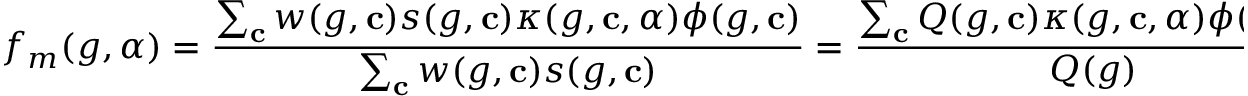
f _ { m } ( g , \alpha ) = \frac { \sum _ { \mathbf { c } } w ( g , \mathbf { c } ) s ( g , \mathbf { c } ) \kappa ( g , \mathbf { c } , \alpha ) \phi ( g , \mathbf { c } ) } { \sum _ { \mathbf { c } } w ( g , \mathbf { c } ) s ( g , \mathbf { c } ) } = \frac { \sum _ { \mathbf { c } } Q ( g , \mathbf { c } ) \kappa ( g , \mathbf { c } , \alpha ) \phi ( g , \mathbf { c } ) } { Q ( g ) } ,